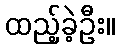
ထည့်ခဲ့ဦး။